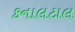
કનાલટાલ